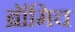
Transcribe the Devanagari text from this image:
ब्रॉमिच